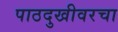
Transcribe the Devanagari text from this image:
पाठदुखीवरचा